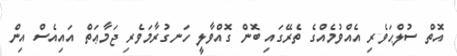
އޮތް ސުލްޙަވެރި އެއްވުމެއްގެ ތެރޭގައި ބޮން ގޮއްވާލީ ހަނގުރާމަވެރި ޖަމާޢަތް އައިއެސް އިން